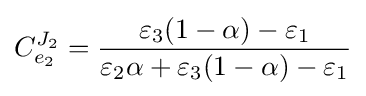
C_{e_{2}}^{J_{2}}={\frac {\varepsilon _{3}(1-\alpha )-\varepsilon _{1}}{\varepsilon _{2}\alpha +\varepsilon _{3}(1-\alpha )-\varepsilon _{1}}}